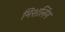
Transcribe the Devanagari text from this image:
मिशलिंग